Vaccination in Bombay 1863-1868 - 1863-1868
Year: 1863
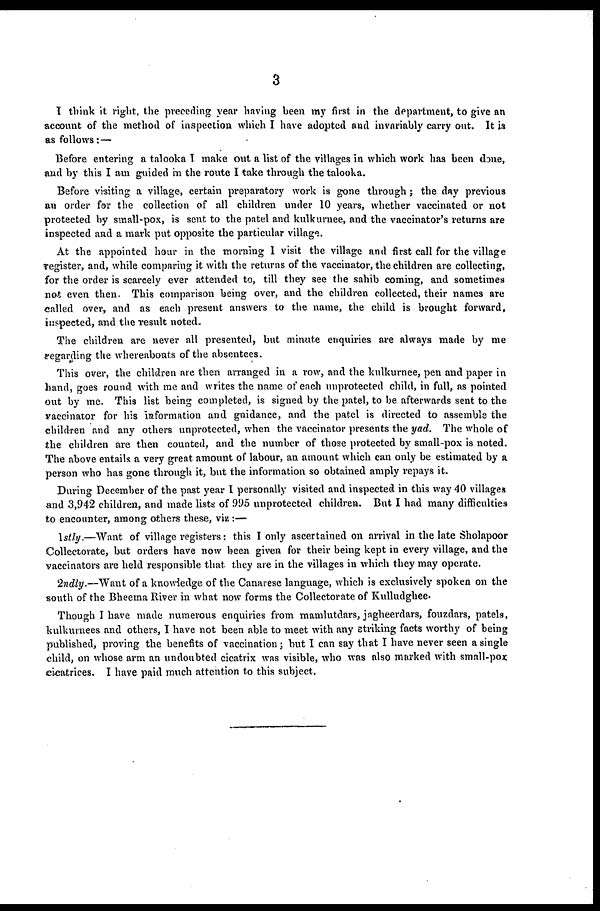
3
I think it right, the preceding year having been my first in the department, to give an
account of the method of inspection which I have adopted and invariably carry out. It is
as follows:—
Before entering a talooka I make out a list of the villages in which work has been done,
and by this I am guided in the route I take through the talooka.
Before visiting a village, certain preparatory work is gone through; the day previous
an order for the collection of all children under 10 years, whether vaccinated or not
protected by small-pox, is sent to the patel and kulkurnee, and the vaccinator's returns are
inspected and a mark put opposite the particular village.
At the appointed hour in the morning I visit the village and first call for the village
register, and, while comparing it with the returns of the vaccinator, the children are collecting,
for the order is scarcely ever attended to, till they see the sahib coming, and sometimes
not even then. This comparison being over, and the children collected, their names are
called over, and as each present answers to the name, the child is brought forward,
inspected, and the result noted.
The children are never all presented, but minute enquiries are always made by me
regarding the whereabouts of the absentees.
This over, the children are then arranged in a row, and the kulkurnee, pen and paper in
hand, goes round with me and writes the name of each unprotected child, in full, as pointed
out by me. This list being completed, is signed by the patel, to be afterwards sent to the
vaccinator for his information and guidance, and the patel is directed to assemble the
children and any others unprotected, when the vaccinator presents the yad. The whole of
the children are then counted, and the number of those protected by small-pox is noted.
The above entails a very great amount of labour, an amount which can only be estimated by a
person who has gone through it, but the information so obtained amply repays it.
During December of the past year I personally visited and inspected in this way 40 villages
and 3,942 children, and made lists of 995 unprotected children. But I had many difficulties
to encounter, among others these, viz:—
1stly.—Want of village registers: this I only ascertained on arrival in the late Sholapoor
Collectorate, but orders have now been given for their being kept in every village, and the
vaccinators are held responsible that they are in the villages in which they may operate.
2ndly.—Want of a knowledge of the Canarese language, which is exclusively spoken on the
south of the Bheema River in what now forms the Collectorate of Kulludghee.
Though I have made numerous enquiries from mamlutdars, jagheerdars, fouzdars, patels,
kulkurnees and others, I have not been able to meet with any striking facts worthy of being
published, proving the benefits of vaccination; but I can say that I have never seen a single
child, on whose arm an undoubted cicatrix was visible, who was also marked with small-pox
cicatrices. I have paid much attention to this subject.